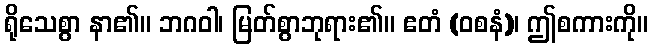
ရိုသေစွာ နာ၏။ ဘဂဝါ၊ မြတ်စွာဘုရား၏။ ဧတံ (ဝစနံ)၊ ဤစကားကို။